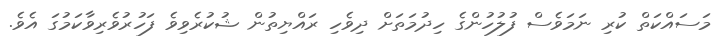
މަސައްކަތް ކުރި ނަމަވެސް ފުލުހުންގެ ހިދުމަތަށް ދިވެހި ރައްޔިތުން ޝުކުރެވިވެ ފަހުރުވެރިވާކަމުގަ އެވެ.